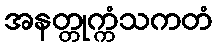
အနတ္တုက္ကံသကတံ